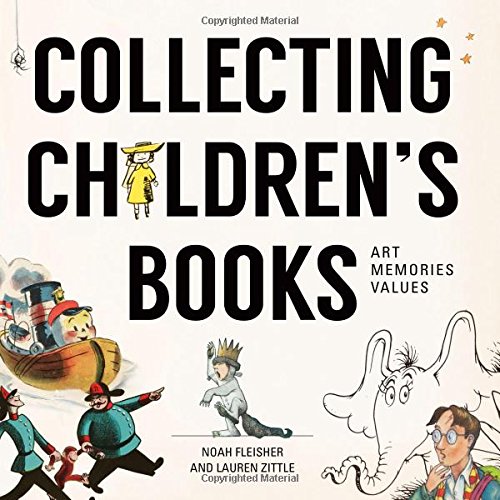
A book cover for Collecting Children's Books: Art, Memories, Values; Noah Fleisher; Crafts, Hobbies & Home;